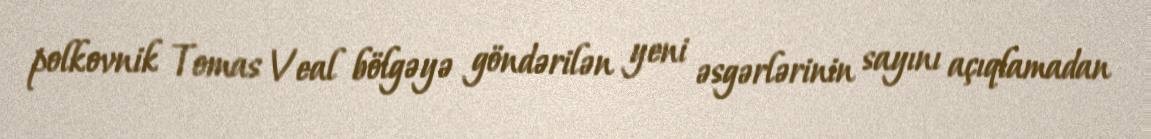
polkovnik Tomas Veal bölgəyə göndərilən yeni əsgərlərinin sayını açıqlamadan